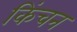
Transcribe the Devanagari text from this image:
किंचन